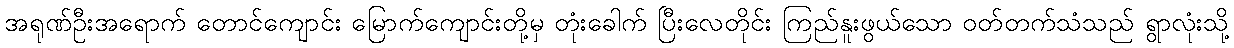
အရုဏ်ဦးအရောက် တောင်ကျောင်း မြောက်ကျောင်းတို့မှ တုံးခေါက် ပြီးလေတိုင်း ကြည်နူးဖွယ်သော ဝတ်တက်သံသည် ရွာလုံးသို့